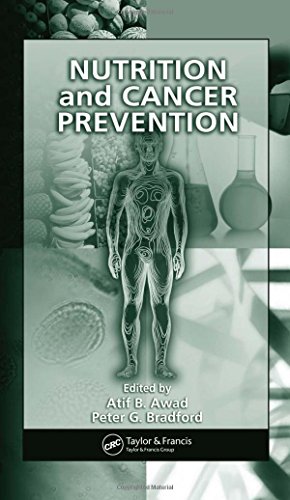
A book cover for Nutrition and Cancer Prevention (Nutrition and Disease Prevention); Health, Fitness & Dieting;